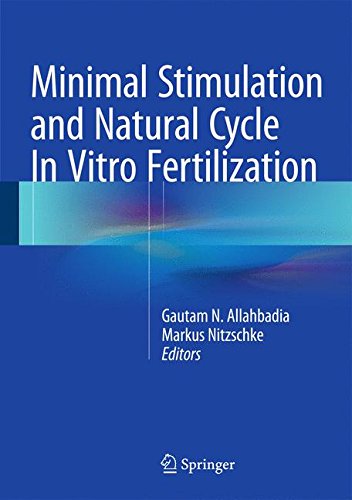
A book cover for Minimal Stimulation and Natural Cycle In Vitro Fertilization; Health, Fitness & Dieting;